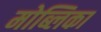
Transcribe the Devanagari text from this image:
मोब्लिका